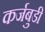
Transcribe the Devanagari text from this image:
कर्जबुडी